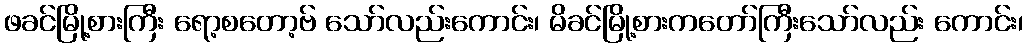
ဖခင်မြို့စားကြီး ရော့စတော့ဗ် သော်လည်းကောင်း၊ မိခင်မြို့စားကတော်ကြီးသော်လည်း ကောင်း၊